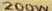
200W